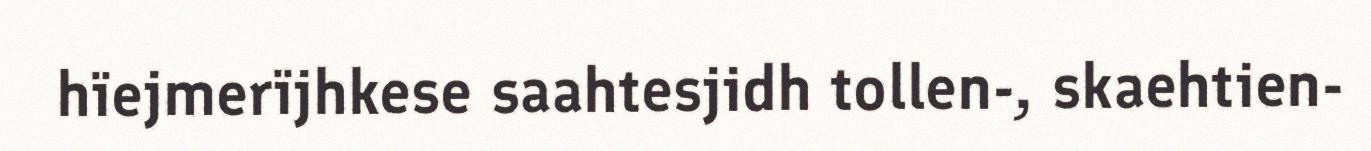
hïejmerïjhkese saahtesjidh tollen-, skaehtien-